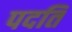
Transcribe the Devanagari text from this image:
पदति